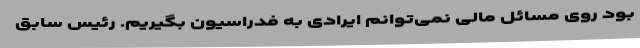
بود روی مسائل مالی نمی‌توانم ایرادی به فدراسیون بگیریم. رئیس سابق